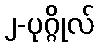
၂-ပုဂ္ဂိုလ်